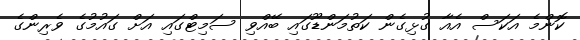
ކޮންމެ އަކަސް އެއާ ގުޅިގެން ކަތުމަންޑޫގައި ބޭއްވި ސަމިޓްގައި އަށް ގައުމުގެ ވެރިންގެ